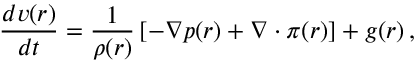
\frac { d \boldsymbol { v } ( \boldsymbol { r } ) } { d t } = \frac { 1 } { \rho ( \boldsymbol { r } ) } \left[ - \nabla p ( \boldsymbol { r } ) + \nabla \cdot \boldsymbol { \pi } ( \boldsymbol { r } ) \right] + \boldsymbol { g } ( \boldsymbol { r } ) \, ,